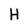
Character: H